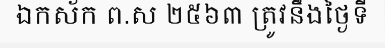
ឯកស័ក ព.ស ២៥៦៣ ត្រូវនឹងថ្ងៃទី